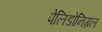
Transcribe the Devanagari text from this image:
पेलिडोनिग्रल